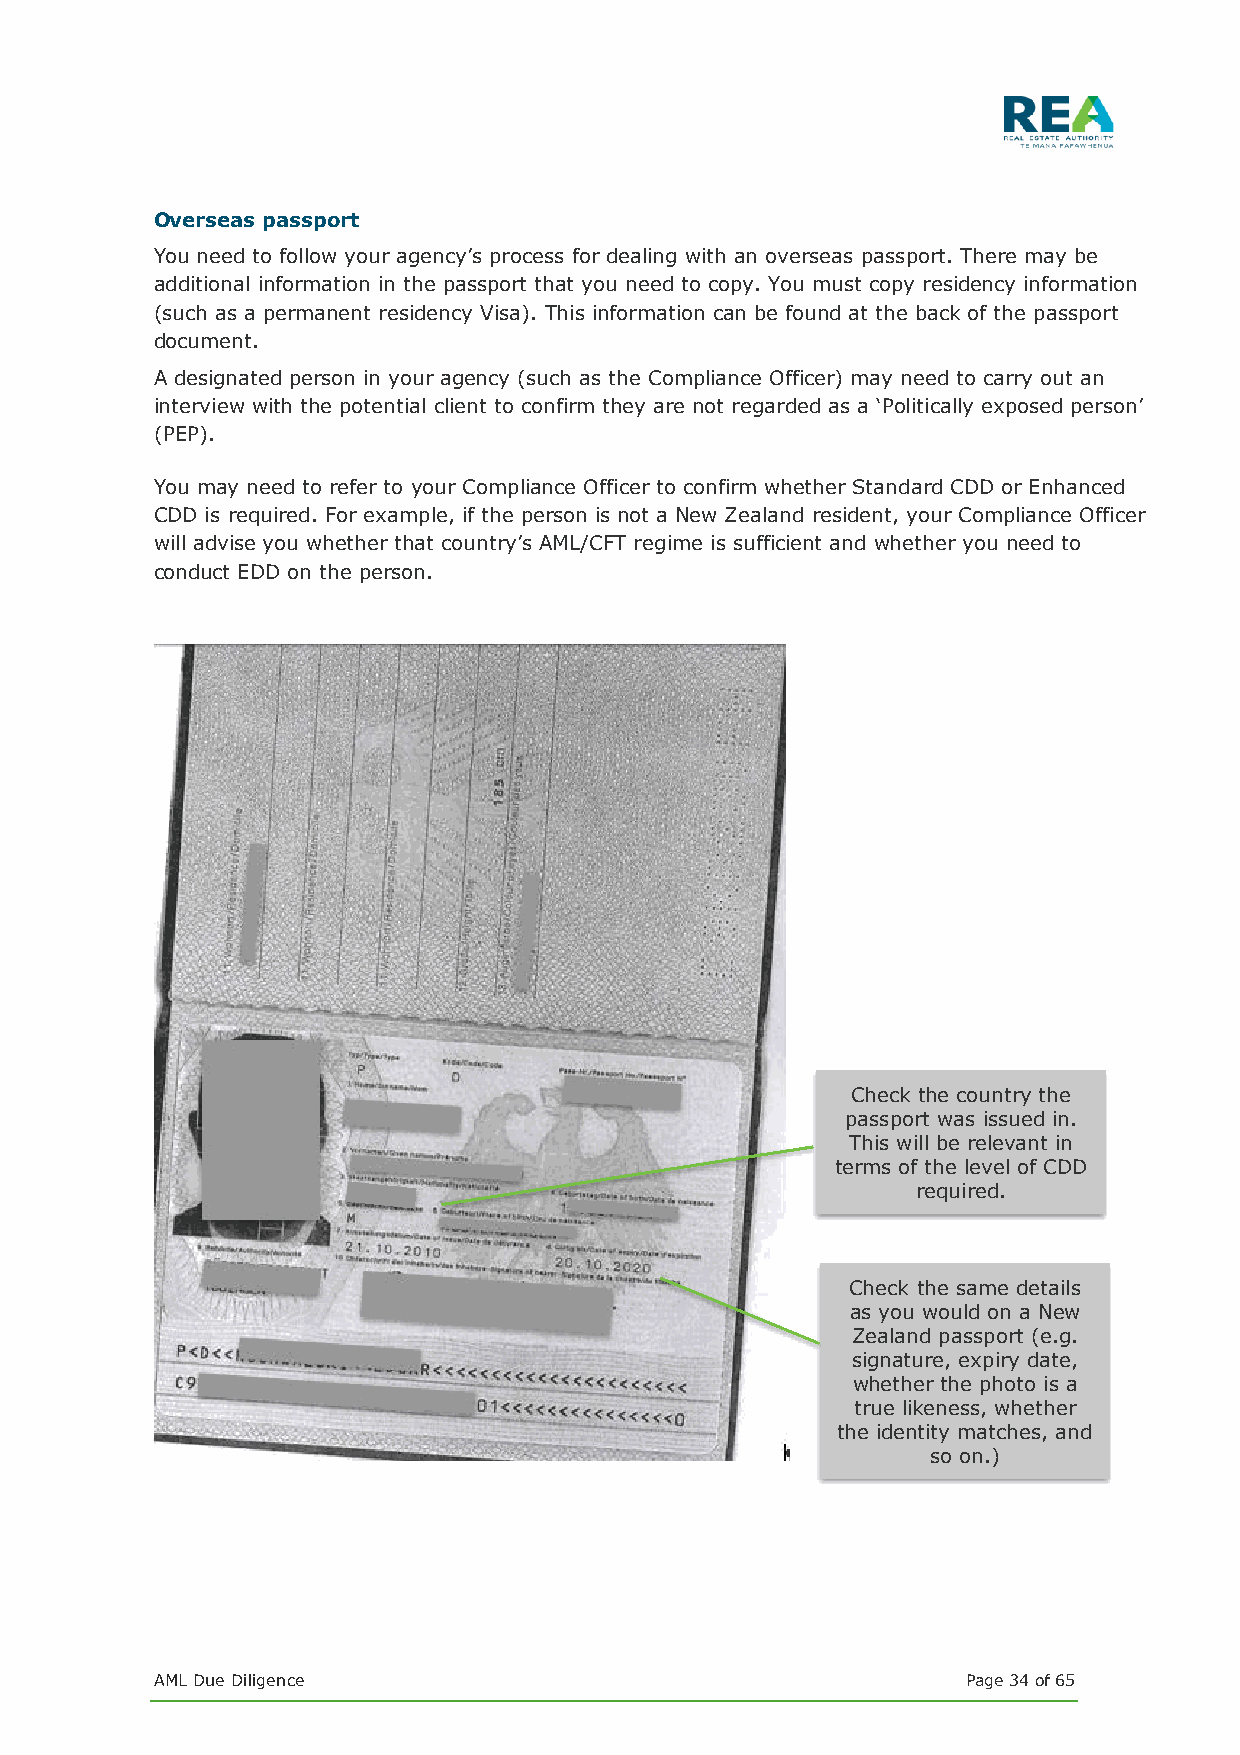
Overseas passport
 You need to follow your agency’s process for dealing with an overseas passport. There may be
 additional information in the passport that you need to copy. You must copy residency information
 (such as a permanent residency Visa). This information can be found at the back of the passport
 document.
 A designated person in your agency (such as the Compliance Officer) may need to carry out an
 interview with the potential client to confirm they are not regarded as a ‘Politically exposed person’
 (PEP).
 You may need to refer to your Compliance Officer to confirm whether Standard CDD or Enhanced
 CDD is required. For example, if the person is not a New Zealand resident, your Compliance Officer
 will advise you whether that country’s AML/CFT regime is sufficient and whether you need to
 conduct EDD on the person.
 Check the country the
 passport was issued in.
 This will be relevant in
 terms of the level of CDD
 required.
 Check the same details
 as you would on a New
 Zealand passport (e.g.
 signature, expiry date,
 whether the photo is a
 true likeness, whether
 the identity matches, and
 so on.)
 AML Due Diligence                                     Page 34 of 65